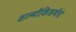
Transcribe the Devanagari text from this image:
वाल्मीकिऋषीचे